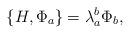
LaTeX: \begin{align*}\{ H,\Phi_a \} = \lambda^b_{a} \Phi_b ,\end{align*}